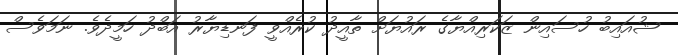
ޝުއައިބު ހުސައިން ޒަކަރިއްޔާގެ ރައުޔަށް ތާއީދު ކުރެއްވީ ފަނޑިޔާރު އަބްދު ހަމީދެވެ. ނަމަވެސް